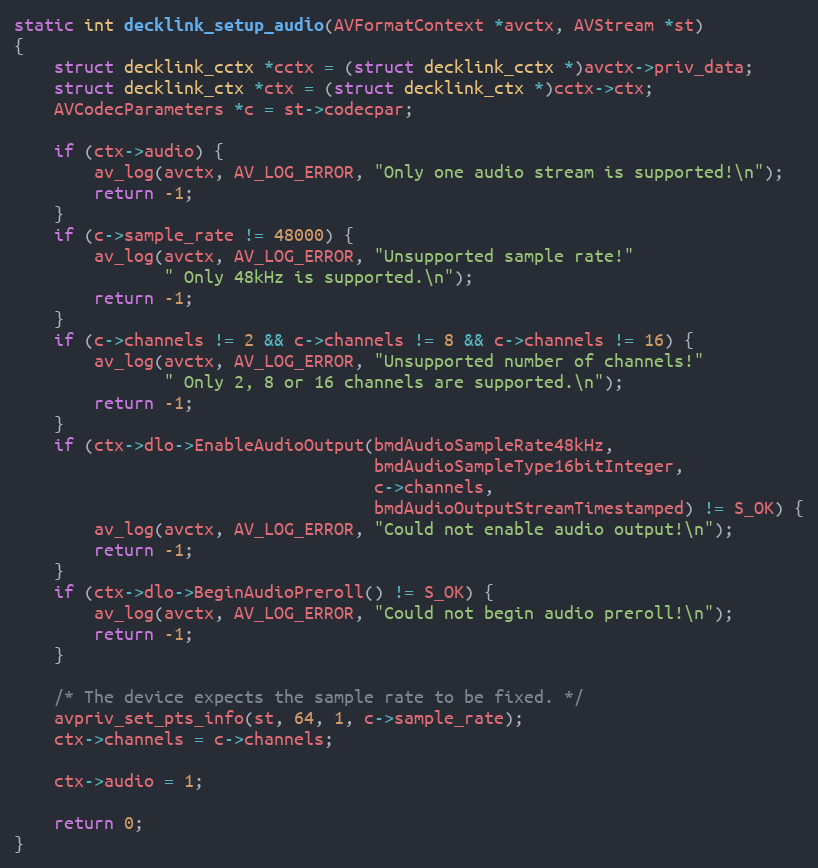
Language: C++
static int decklink_setup_audio(AVFormatContext *avctx, AVStream *st)
{
    struct decklink_cctx *cctx = (struct decklink_cctx *)avctx->priv_data;
    struct decklink_ctx *ctx = (struct decklink_ctx *)cctx->ctx;
    AVCodecParameters *c = st->codecpar;

    if (ctx->audio) {
        av_log(avctx, AV_LOG_ERROR, "Only one audio stream is supported!\n");
        return -1;
    }
    if (c->sample_rate != 48000) {
        av_log(avctx, AV_LOG_ERROR, "Unsupported sample rate!"
               " Only 48kHz is supported.\n");
        return -1;
    }
    if (c->channels != 2 && c->channels != 8 && c->channels != 16) {
        av_log(avctx, AV_LOG_ERROR, "Unsupported number of channels!"
               " Only 2, 8 or 16 channels are supported.\n");
        return -1;
    }
    if (ctx->dlo->EnableAudioOutput(bmdAudioSampleRate48kHz,
                                    bmdAudioSampleType16bitInteger,
                                    c->channels,
                                    bmdAudioOutputStreamTimestamped) != S_OK) {
        av_log(avctx, AV_LOG_ERROR, "Could not enable audio output!\n");
        return -1;
    }
    if (ctx->dlo->BeginAudioPreroll() != S_OK) {
        av_log(avctx, AV_LOG_ERROR, "Could not begin audio preroll!\n");
        return -1;
    }

    /* The device expects the sample rate to be fixed. */
    avpriv_set_pts_info(st, 64, 1, c->sample_rate);
    ctx->channels = c->channels;

    ctx->audio = 1;

    return 0;
}